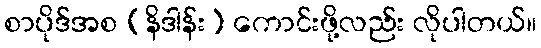
စာပိုဒ်အစ (နိဒါန်း) ကောင်းဖို့လည်း လိုပါတယ်။